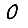
Digit: 0